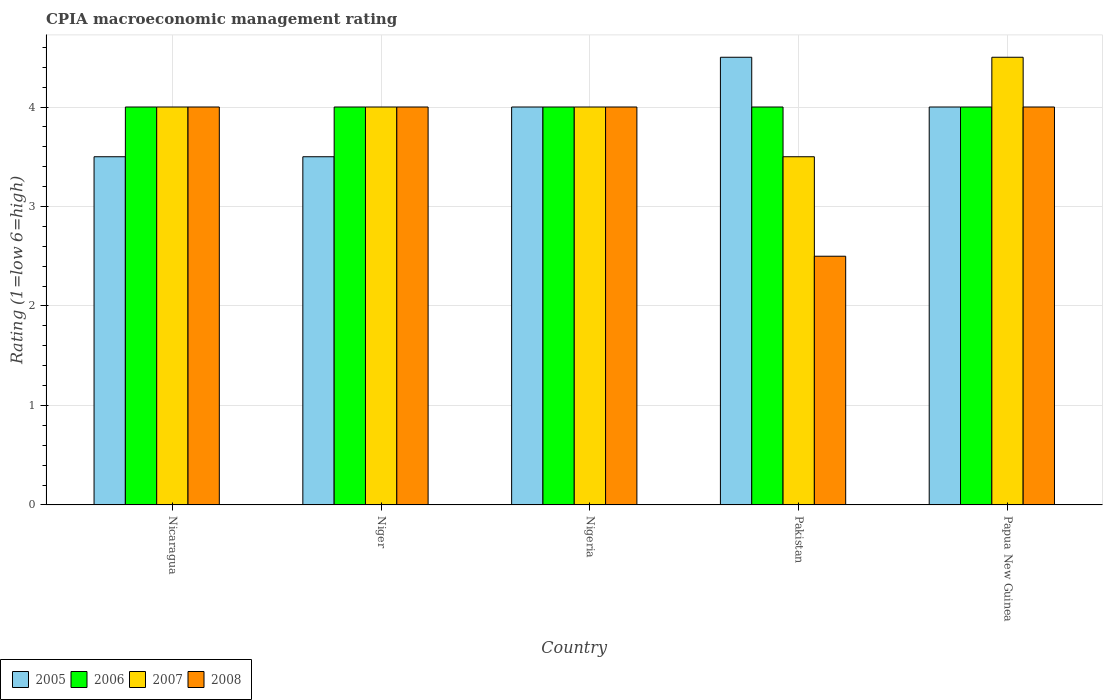
| Country | 2005 | 2006 | 2007 | 2008 |
 | --- | --- | --- | --- | --- |
 | Nicaragua | 3.5 | 4 | 4 | 4 |
 | Niger | 3.5 | 4 | 4 | 4 |
 | Nigeria | 4 | 4 | 4 | 4 |
 | Pakistan | 4.5 | 4 | 3.5 | 2.5 |
 | Papua New Guinea | 4 | 4 | 4.5 | 4 |